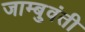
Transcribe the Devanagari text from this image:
जाम्बुवंती